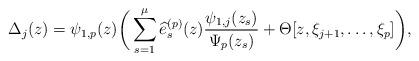
LaTeX: \begin{align*}\Delta_j(z)=\psi_{1,p}(z)\bigg(\sum^\mu_{s=1}\widehat{e}^{(p)}_s(z)\frac{\psi_{1,j}(z_s)}{\Psi_{p}(z_s)}+\Theta[z,\xi_{j+1},\ldots,\xi_{p}]\bigg),\end{align*}